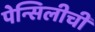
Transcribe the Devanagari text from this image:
पेन्सिलीची